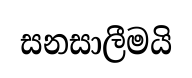
සනසාලීමයි